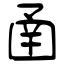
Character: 圅